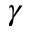
\gamma